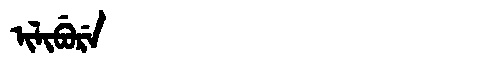
Manchu: ᡳᠯᡳᠪᡠᡵᡝ
Romanization: ILIBURE